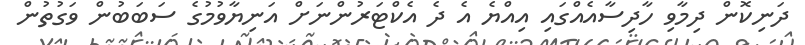
ދަނިކޮން ދިމާވި ހާދިސާއެއްގައި އިއްޔެ އެ ދެ އެކްޓަރުންނަށް އަނިޔާވުމުގެ ސަބަބުން ވަގުތުން